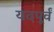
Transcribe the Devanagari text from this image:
यदपूर्वं